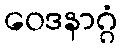
ဝေဒနာဂ္ဂံ